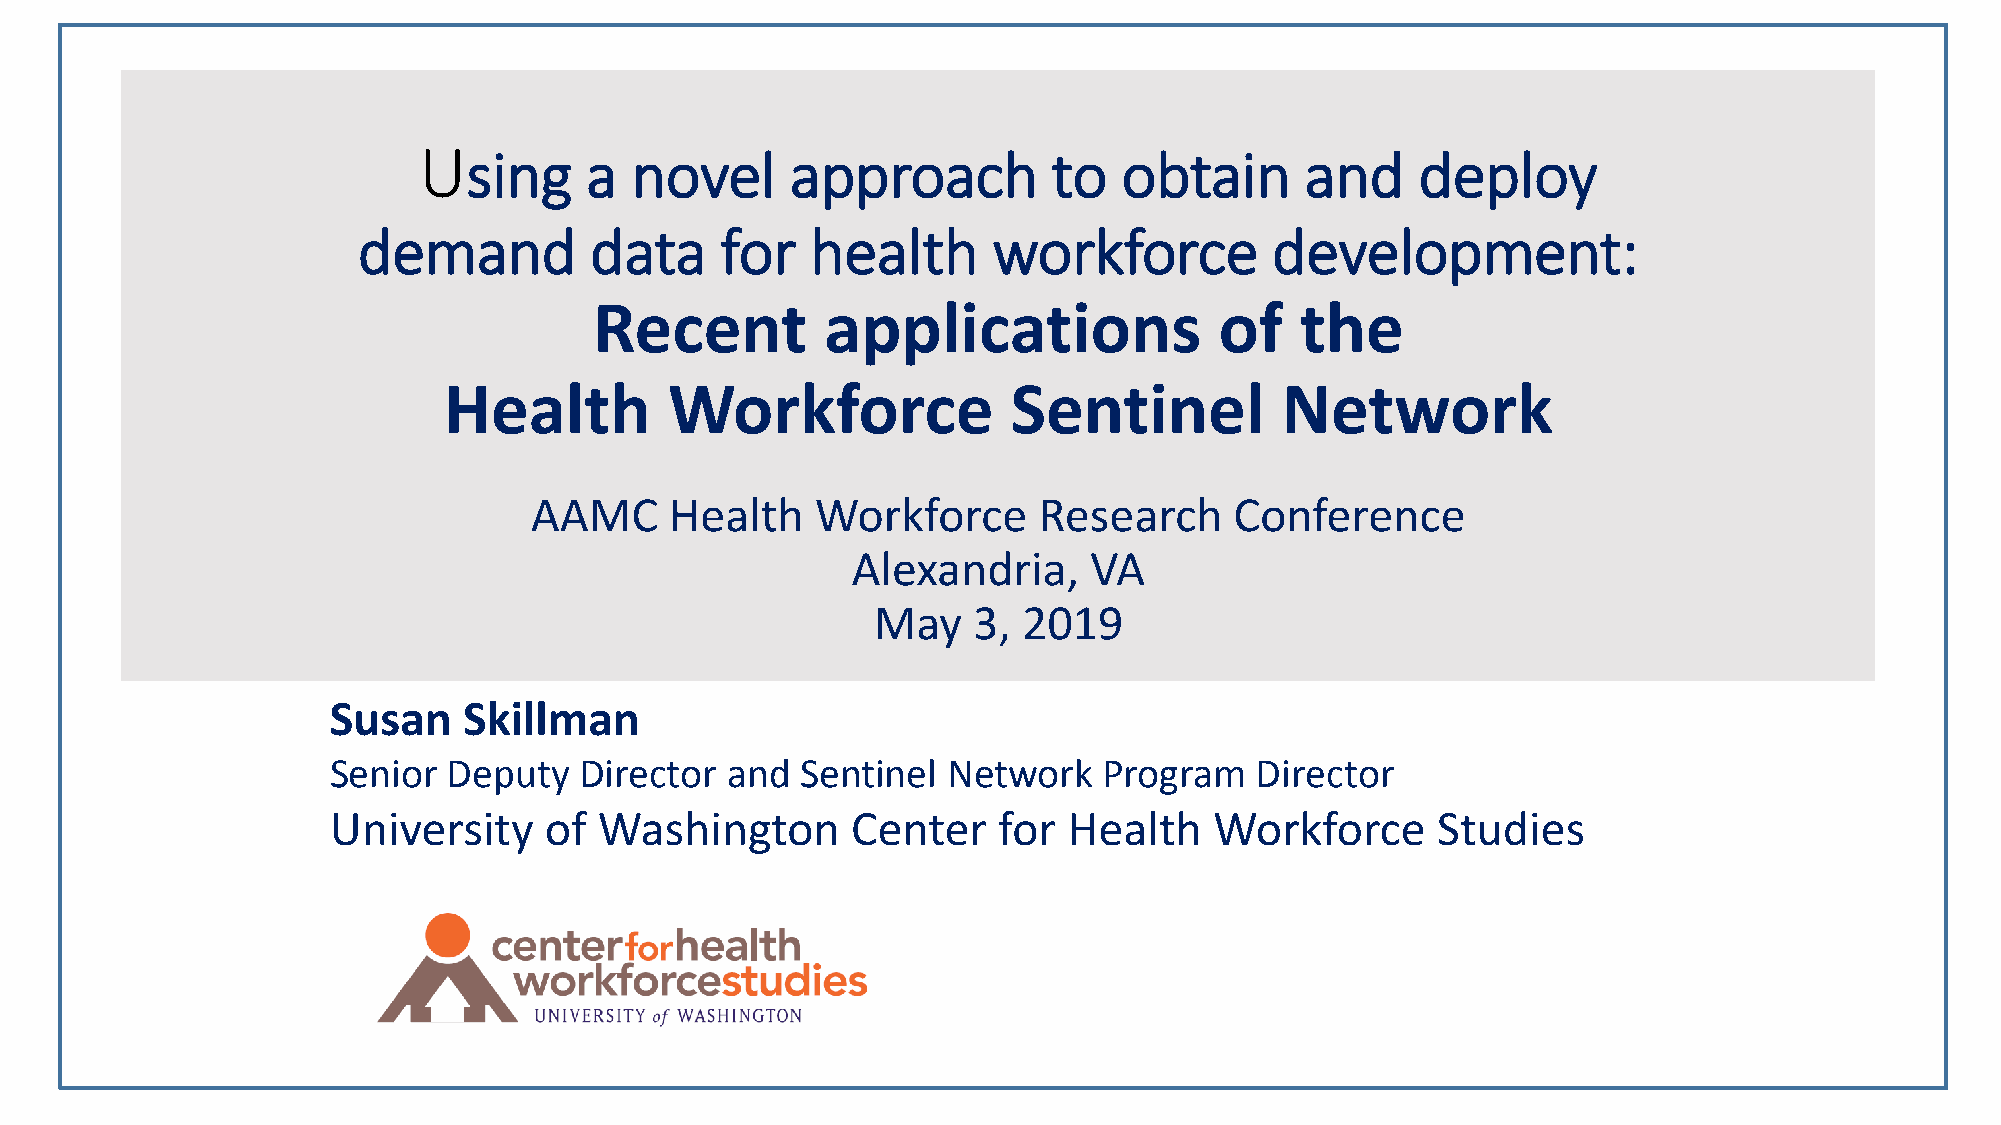
Using      a  novel     approach          to  obtain      and     deploy
 demand         data     for   health      workforce         development:
 Recent          applications              of   the
 Health         Workforce              Sentinel          Network
 AAMC     Health    Workforce      Research     Conference
 Alexandria,     VA
 May   3,  2019
 Susan    Skillman
 Senior  Deputy  Director  and  Sentinel  Network   Program   Director
 University    of  Washington      Center    for  Health   Workforce      Studies